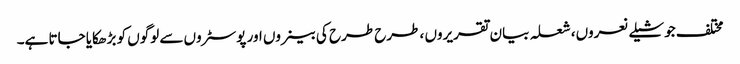
مختلف جوشیلے نعروں، شعلہ بیان تقریروں ، طرح طرح کی بینروں اور پوسٹروں سے لوگوں کو بڑھکایا جاتا ہے۔